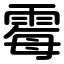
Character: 霉